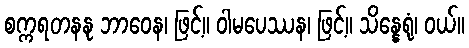
စက္ကရတနနု ဘာဝေန၊ ဖြင့်။ ဝါမပေဿန၊ ဖြင့်။ သိန္နေရုံ၊ ဝယ်။